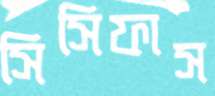
সিসিফাস